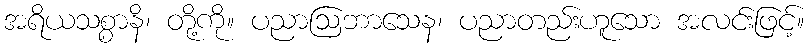
အရိယသစ္စာနိ၊ တို့ကို။ ပညာဩဘာသေန၊ ပညာတည်းဟူသော အလင်းဖြင့်။